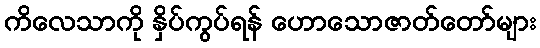
ကိလေသာကို နှိပ်ကွပ်ရန် ဟောသောဇာတ်တော်များ